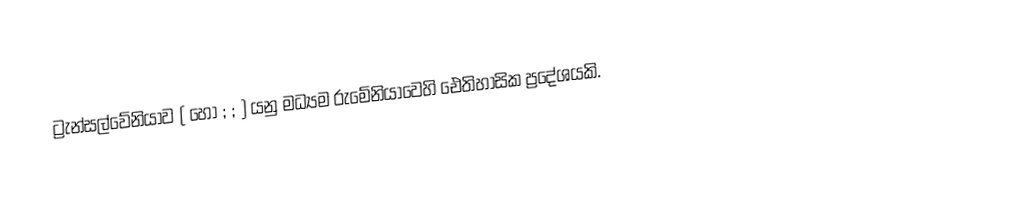
ට්‍රැන්සල්වේනියාව ( හෝ ; ; ) යනු මධ්‍යම රුමේනියාවෙහි ඓතිහාසික ප්‍රදේශයකි.